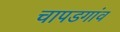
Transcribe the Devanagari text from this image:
चापडगांव